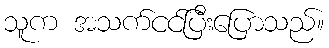
သူက အသက်ငင်ပြီးပြောသည်။